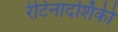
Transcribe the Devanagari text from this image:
रेटिनादर्शिकी